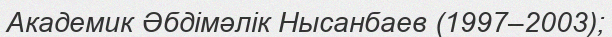
Академик Әбдімәлік Нысанбаев (1997–2003);